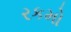
રકમો